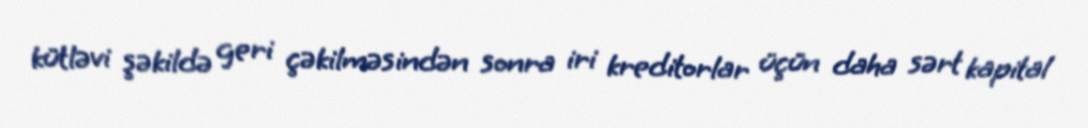
kütləvi şəkildə geri çəkilməsindən sonra iri kreditorlar üçün daha sərt kapital